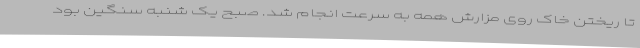
تا ریختن خاک روی مزارش همه به سرعت انجام شد. صبح یک شنبه سنگین بود